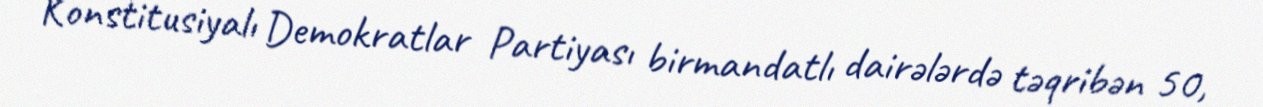
Konstitusiyalı Demokratlar Partiyası birmandatlı dairələrdə təqribən 50,